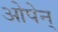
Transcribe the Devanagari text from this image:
ओपेन्